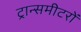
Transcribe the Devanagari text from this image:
ट्रान्समीटरों